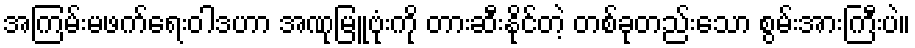
အကြမ်းမဖက်ရေးဝါဒဟာ အဏုမြူဗုံးကို တားဆီးနိုင်တဲ့ တစ်ခုတည်းသော စွမ်းအားကြီးပဲ။